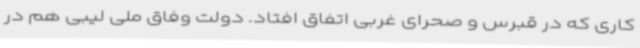
کاری که در قبرس و صحرای غربی اتفاق افتاد. دولت وفاق ملی لیبی هم در